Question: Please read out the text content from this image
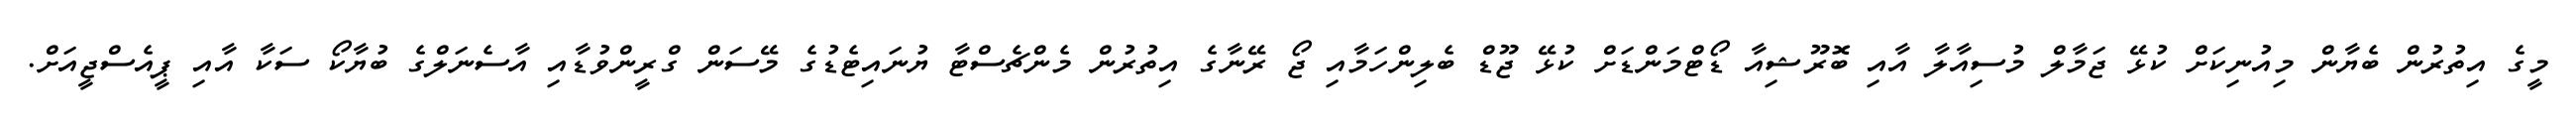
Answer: މީގެ އިތުރުން ބެޔާން މިއުނިކަށް ކުޅޭ ޖަމާލް މުސިއާލާ އާއި ބޮރޫޝިއާ ޑޯޓްމަންޑަށް ކުޅޭ ޖޫޑް ބެލިންހަމާއި ޖޯ ރޭނާގެ އިތުރުން މެންޗެސްޓާ ޔުނައިޓެޑުގެ މޭސަން ގްރީންވުޑާއި އާސެނަލްގެ ބުޔާކޯ ސަކާ އާއި ޕީއެސްޖީއަށް.